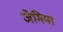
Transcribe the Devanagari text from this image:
जेमिया